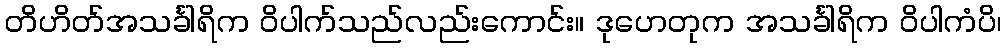
တိဟိတ်အသင်္ခါရိက ဝိပါက်သည်လည်းကောင်း။ ဒုဟေတုက အသင်္ခါရိက ဝိပါကံပိ၊